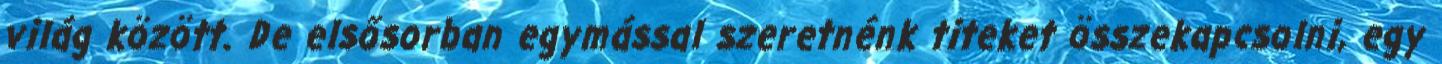
világ között. De elsősorban egymással szeretnénk titeket összekapcsolni, egy